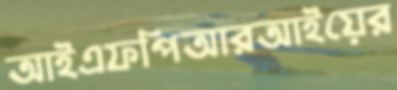
আইএফপিআরআইয়ের